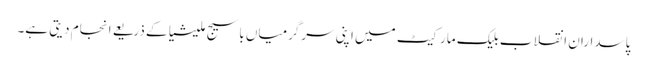
پاسداران انقلاب بلیک مارکیٹ میں اپنی سرگرمیاں باسیج ملیشیا کے ذریعے انجام دیتی ہے۔